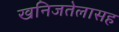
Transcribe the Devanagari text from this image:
खनिजतेलासह